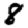
Digit: 8